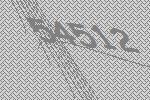
54512